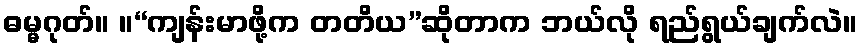
ဓမ္မဂုတ်။ ။“ကျန်းမာဖို့က တတိယ”ဆိုတာက ဘယ်လို ရည်ရွယ်ချက်လဲ။